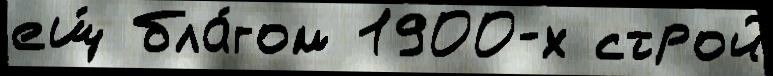
ещ́ бла́гом 1900-х строй